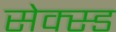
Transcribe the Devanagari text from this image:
सेक्स्ड